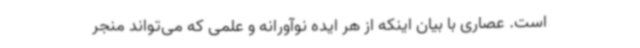
است. عصاری با بیان اینکه از هر ایده نوآورانه‌ و علمی که می‌تواند منجر